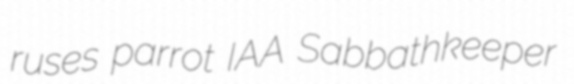
ruses parrot IAA Sabbathkeeper